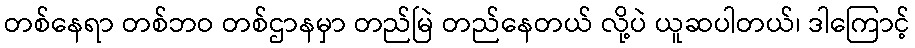
တစ်နေရာ တစ်ဘဝ တစ်ဌာနမှာ တည်မြဲ တည်နေတယ် လို့ပဲ ယူဆပါတယ်၊ ဒါကြောင့်